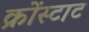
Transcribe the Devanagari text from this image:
क्रोंस्टाट